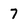
Character: 7